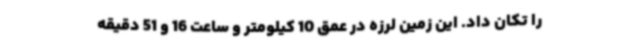
را تکان داد. این زمین لرزه در عمق 10 کیلومتر و ساعت 16 و 51 دقیقه